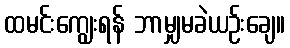
ထမင်းကျွေးရန် ဘာမျှမခဲယဉ်းချေ။